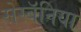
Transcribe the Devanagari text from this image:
सेस्बॅनिया